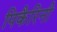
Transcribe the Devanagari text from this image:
पिकैरिनी